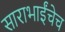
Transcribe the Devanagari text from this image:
साराभाईंचेच